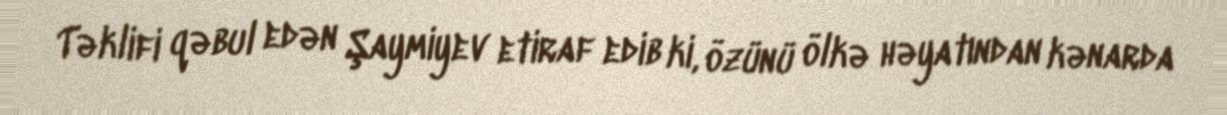
Təklifi qəbul edən Şaymiyev etiraf edib ki, özünü ölkə həyatından kənarda